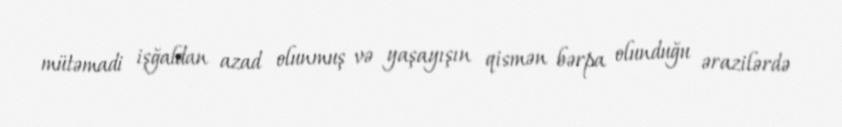
mütəmadi işğaldan azad olunmuş və yaşayışın qismən bərpa olunduğu ərazilərdə